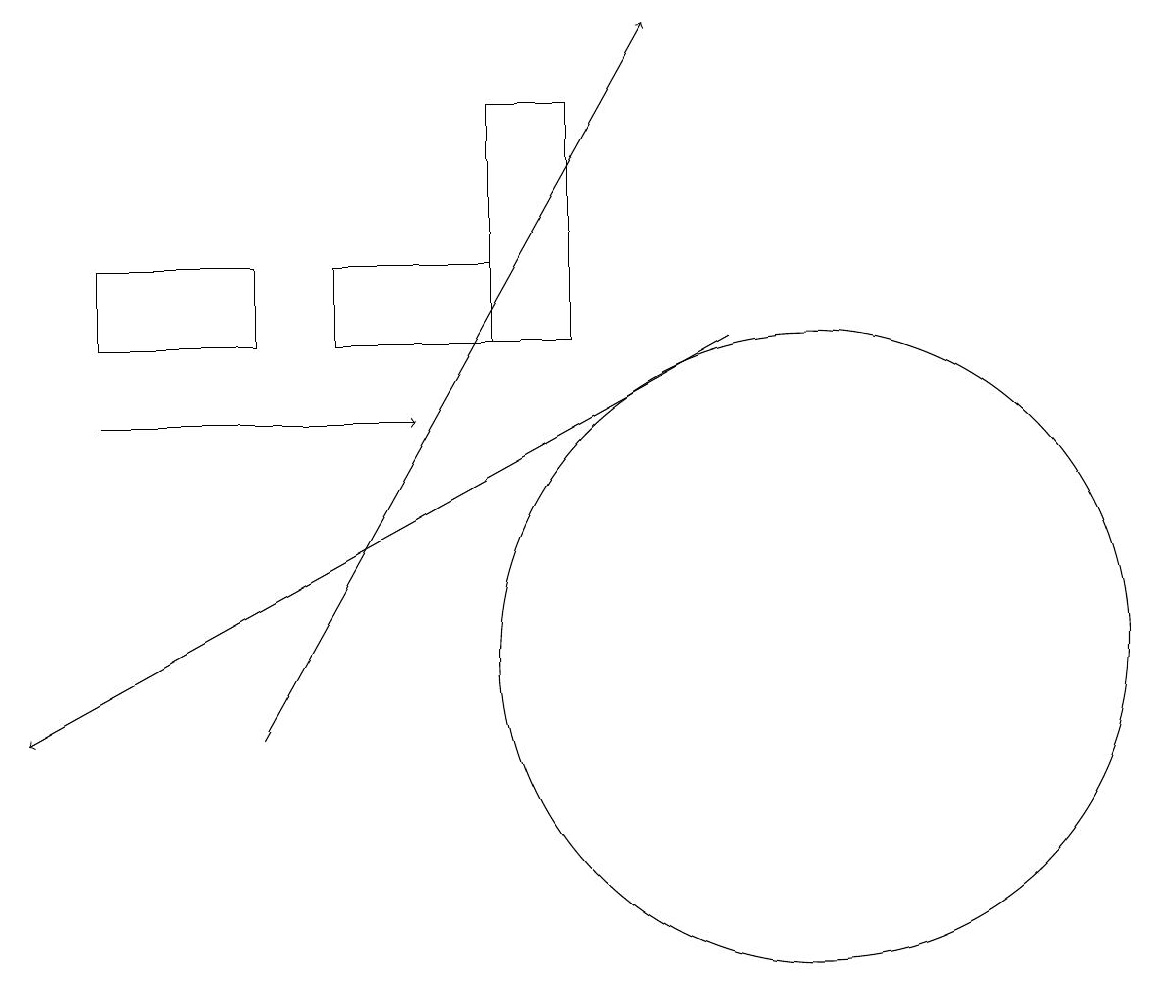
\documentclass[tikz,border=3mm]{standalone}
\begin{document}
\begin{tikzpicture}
\draw[->] (1,14) -- (5,14);
\draw (1,15) rectangle (3,16);
\draw (10,11) circle (4);
\draw[->] (9,15) -- (0,10);
\draw (7,18) rectangle (6,15);
\draw (6,16) rectangle (4,15);
\draw[->] (3,10) -- (8,19);
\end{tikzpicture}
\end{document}